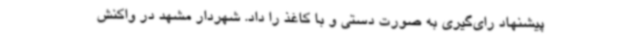
پیشنهاد رای‌گیری به صورت دستی و با کاغذ را داد. شهردار مشهد در واکنش